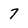
Character: 7